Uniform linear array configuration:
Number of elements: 64
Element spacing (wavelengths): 1
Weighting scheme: cosine
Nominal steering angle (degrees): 30
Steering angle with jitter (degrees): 29.328
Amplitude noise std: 0.05
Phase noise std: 0.05

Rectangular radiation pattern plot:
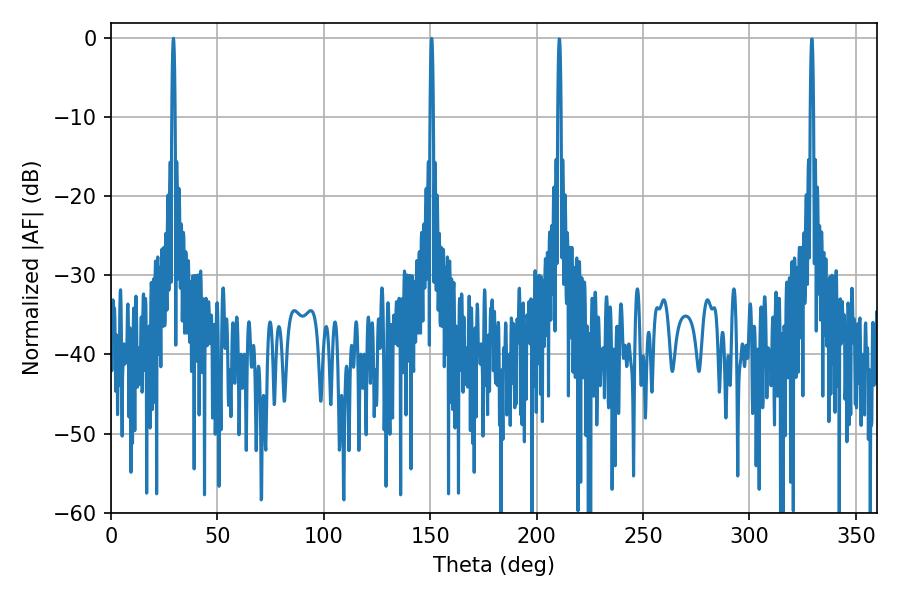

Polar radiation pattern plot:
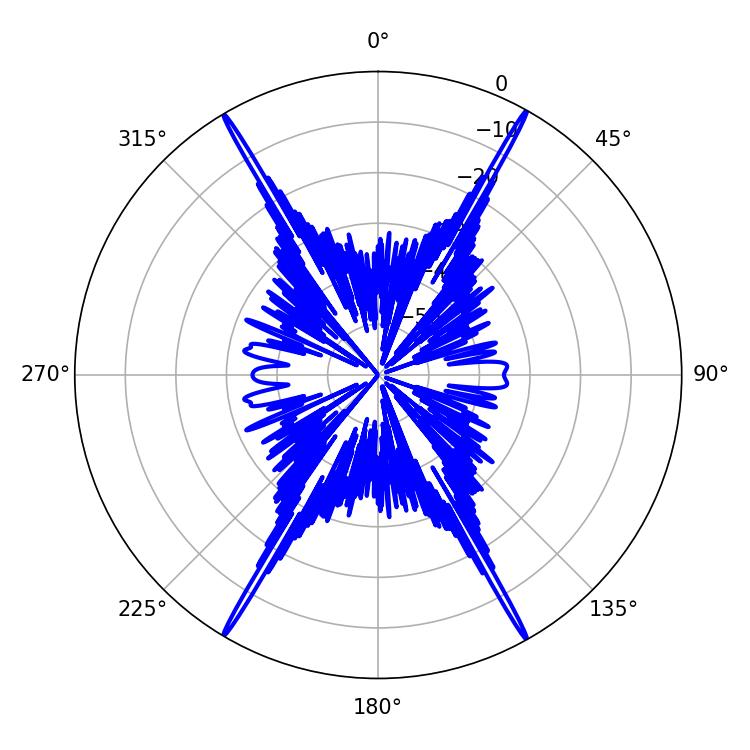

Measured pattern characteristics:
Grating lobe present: TRUE
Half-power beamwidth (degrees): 0.72
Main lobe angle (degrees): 150.66